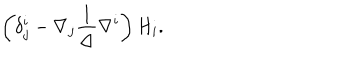
\left( \delta _ { j } ^ { i } - \nabla _ { j } \frac { 1 } { \Delta } \nabla ^ { i } \right) H _ { i } .